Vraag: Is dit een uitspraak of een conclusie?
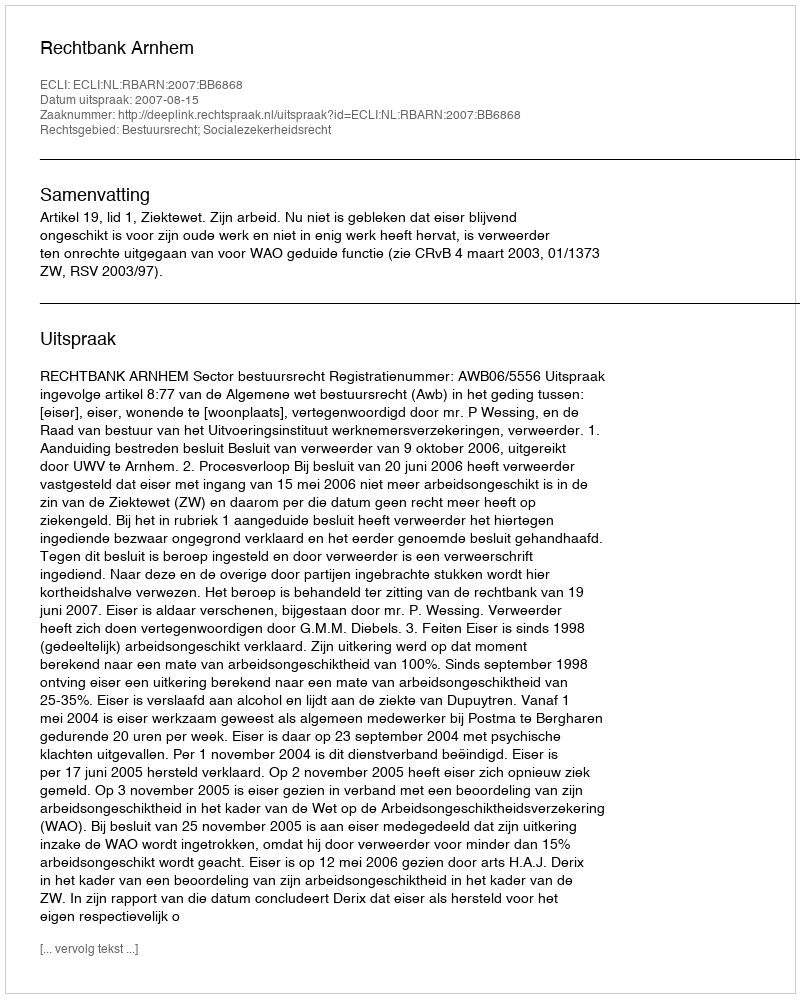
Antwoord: Uitspraak